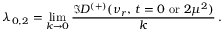
\lambda _ { 0 , 2 } = \operatorname * { l i m } _ { k \to 0 } { \frac { \Im D ^ { ( + ) } ( \nu _ { r } , \, t = 0 \mathrm { \ o r \ } 2 \mu ^ { 2 } ) } { k } } \, .